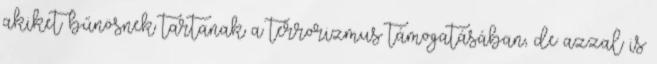
akiket bűnösnek tartanak a terrorizmus támogatásában, de azzal is